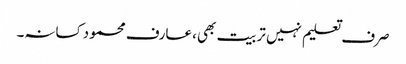
صرف تعلیم نہیں تربیت بھی، عارف محمود کسانہ۔